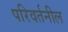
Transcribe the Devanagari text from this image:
परिवर्तनील